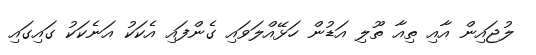
ލުޖައިން އާއި ތިއާ ތޫލި އަޑުން ހަޅޭއްލަވައި ގެންފައި އެކަކު އަނެކަކު ގައިގައި